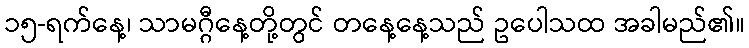
၁၅-ရက်နေ့၊ သာမဂ္ဂီနေ့တို့တွင် တနေ့နေ့သည် ဥပေါသထ အခါမည်၏။